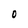
Character: O